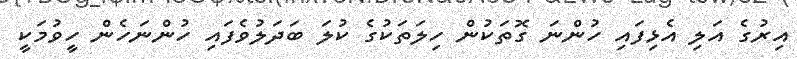
އިރުގެ އަލި އެޅިފައި ހުންނަ ގޮތަކުން ހިލަތަކުގެ ކުލަ ބަދަލުވެފައި ހުންނަހެން ހީވުމަކީ